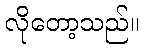
လိုတော့သည်။